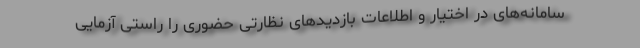
سامانه‌های در اختیار و اطلاعات بازدیدهای نظارتی حضوری را راستی آزمایی